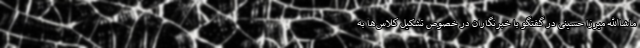
ماشاالله میرزا حسینی در گفتگو با خبرنگاران در خصوص تشکیل کلاس‌ها به